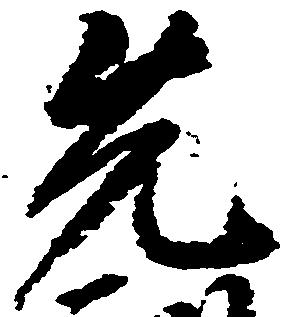
先